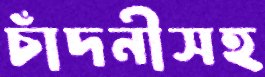
চাঁদনীসহ